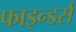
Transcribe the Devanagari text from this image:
फाइन्डर्स